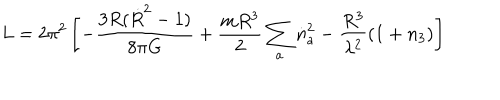
L = 2 \pi ^ { 2 } \left[ - \frac { 3 R ( \dot { R } ^ { 2 } - 1 ) } { 8 \pi G } + \frac { m R ^ { 3 } } { 2 } \sum _ { a } \dot { n } _ { a } ^ { 2 } - \frac { R ^ { 3 } } { \lambda ^ { 2 } } ( 1 + n _ { 3 } ) \right]